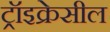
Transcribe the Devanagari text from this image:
ट्रॉइक्रेसील